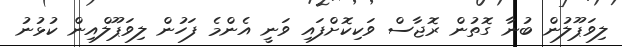
ލިވަޕޫލުން ބުނާ ގޮތުން ރޮޖާސް ވަކިކޮށްފައި ވަނީ އެންމެ ފަހުން ލިވަޕޫލްއިން ކުޅުނު